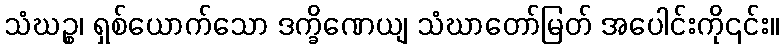
သံဃဉ္စ၊ ရှစ်ယောက်သော ဒက္ခိဏေယျ သံဃာတော်မြတ် အပေါင်းကို၎င်း။